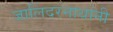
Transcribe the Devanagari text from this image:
जालिंदरनाथांनी